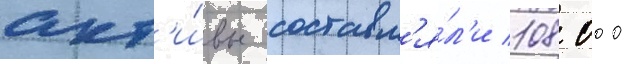
акт'и́вы составл'я́л'и 108 000